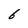
Character: 6